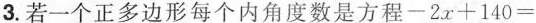
3.若一个正多边形每个内角度数是方程$$-2x+140=$$